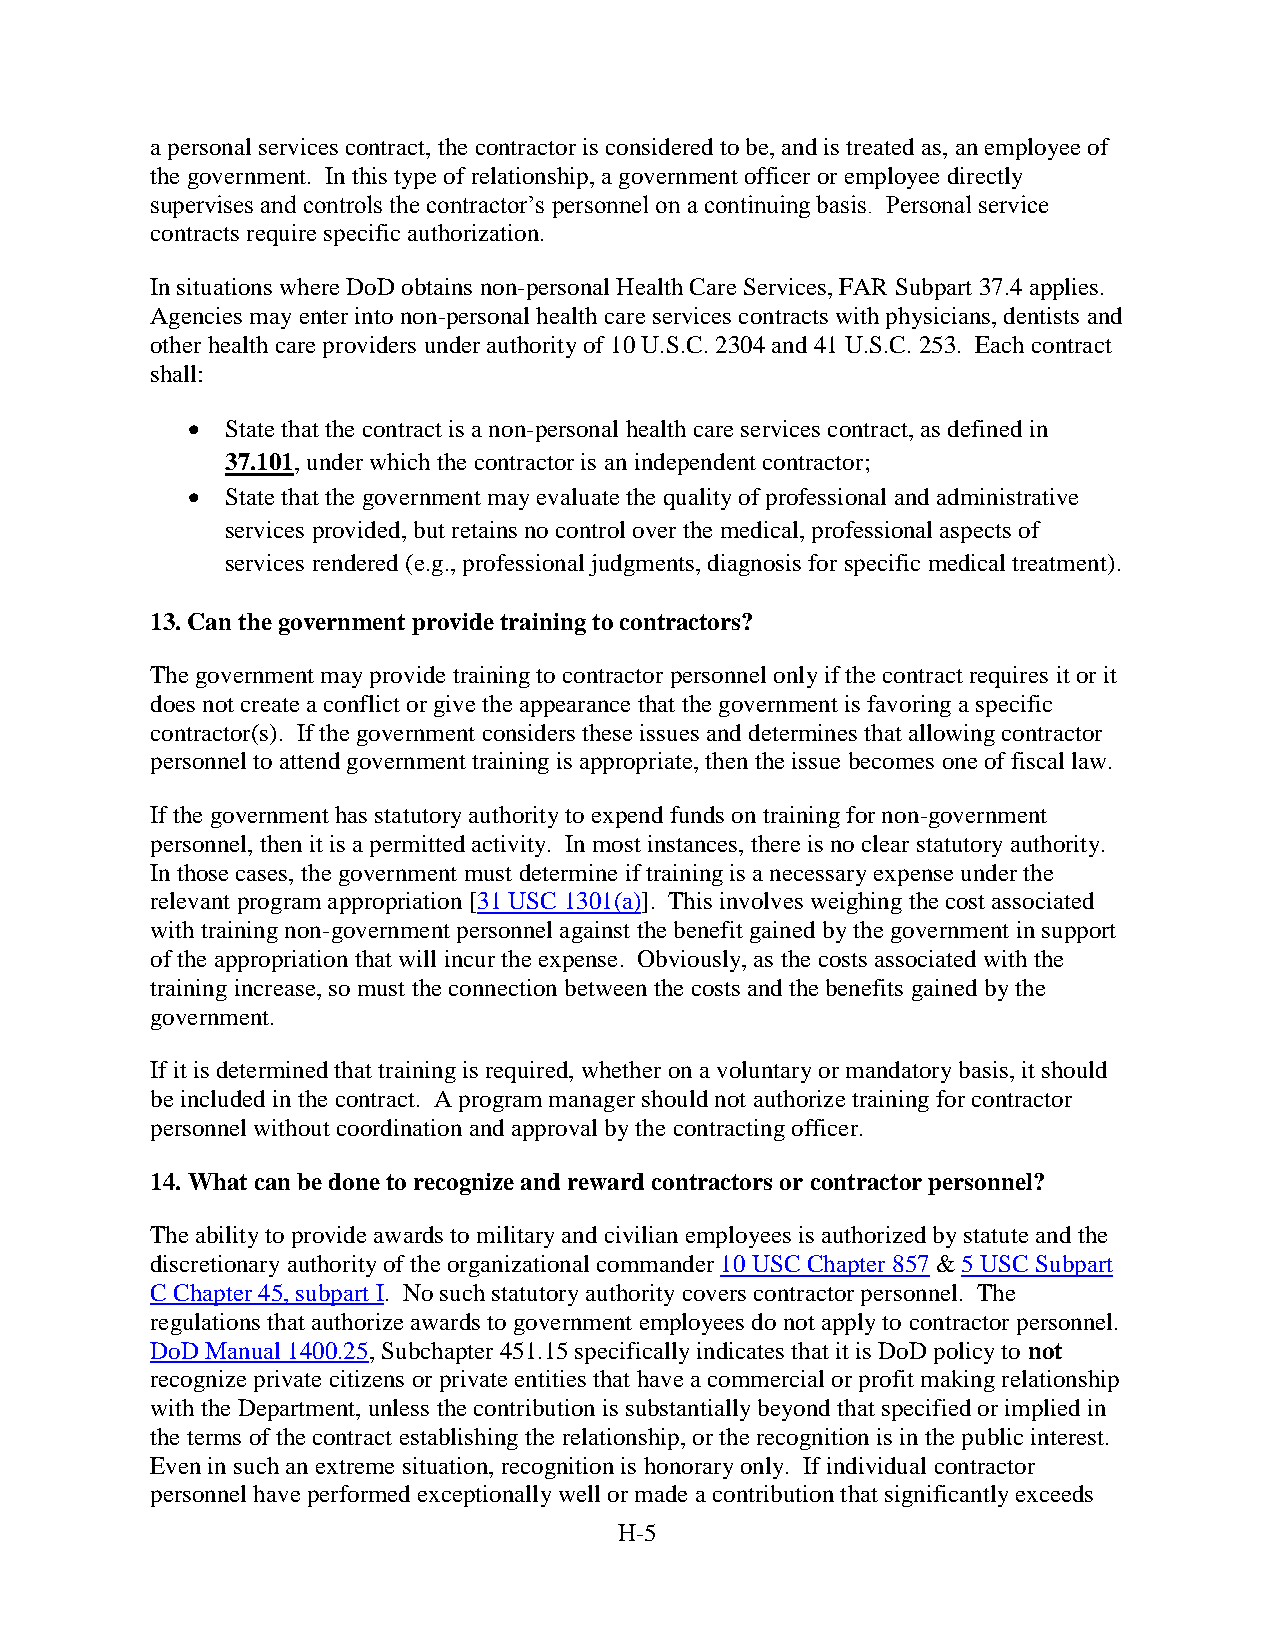
a personal services contract, the contractor is considered to be, and is treated as, an employee of
 the government. In this type of relationship, a government officer or employee directly
 supervises and controls the contractor’s personnel on a continuing basis. Personal service
 contracts require specific authorization.
 In situations where DoD obtains non-personal Health Care Services, FAR Subpart 37.4 applies.
 Agencies may enter into non-personal health care services contracts with physicians, dentists and
 other health care providers under authority of 10 U.S.C. 2304 and 41 U.S.C. 253. Each contract
 shall:
   State that the contract is a non-personal health care services contract, as defined in
 37.101, under which the contractor is an independent contractor;
   State that the government may evaluate the quality of professional and administrative
 services provided, but retains no control over the medical, professional aspects of
 services rendered (e.g., professional judgments, diagnosis for specific medical treatment).
 13. Can the government provide training to contractors?
 The government may provide training to contractor personnel only if the contract requires it or it
 does not create a conflict or give the appearance that the government is favoring a specific
 contractor(s). If the government considers these issues and determines that allowing contractor
 personnel to attend government training is appropriate, then the issue becomes one of fiscal law.
 If the government has statutory authority to expend funds on training for non-government
 personnel, then it is a permitted activity. In most instances, there is no clear statutory authority.
 In those cases, the government must determine if training is a necessary expense under the
 relevant program appropriation [31 USC 1301(a)]. This involves weighing the cost associated
 with training non-government personnel against the benefit gained by the government in support
 of the appropriation that will incur the expense. Obviously, as the costs associated with the
 training increase, so must the connection between the costs and the benefits gained by the
 government.
 If it is determined that training is required, whether on a voluntary or mandatory basis, it should
 be included in the contract. A program manager should not authorize training for contractor
 personnel without coordination and approval by the contracting officer.
 14. What can be done to recognize and reward contractors or contractor personnel?
 The ability to provide awards to military and civilian employees is authorized by statute and the
 discretionary authority of the organizational commander 10 USC Chapter 857 & 5 USC Subpart
 C Chapter 45, subpart I. No such statutory authority covers contractor personnel. The
 regulations that authorize awards to government employees do not apply to contractor personnel.
 DoD Manual 1400.25, Subchapter 451.15 specifically indicates that it is DoD policy to not
 recognize private citizens or private entities that have a commercial or profit making relationship
 with the Department, unless the contribution is substantially beyond that specified or implied in
 the terms of the contract establishing the relationship, or the recognition is in the public interest.
 Even in such an extreme situation, recognition is honorary only. If individual contractor
 personnel have performed exceptionally well or made a contribution that significantly exceeds
 H-5